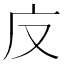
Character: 𭙎